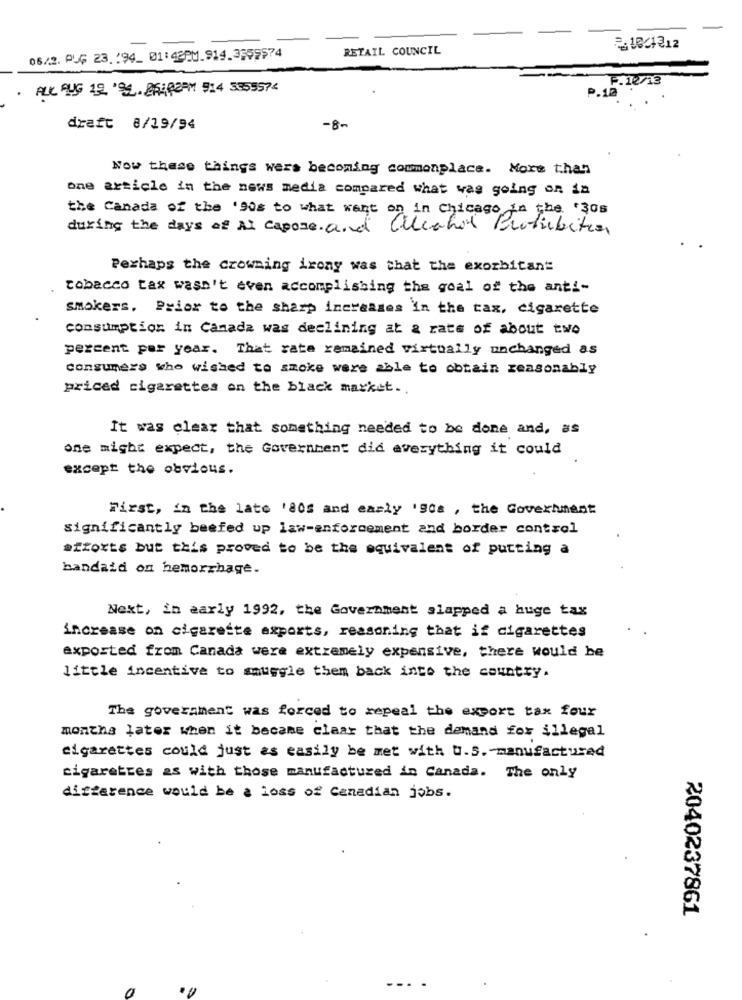
-
RETAIL COUNCIL
2:10/1312
06/2. PL₲ 23. 194_ 01:42PM.914.3559574
F.12/13
ALK AUG 12 '92. 25:42PM 914 3355574
.12
draft 8/19/94
-8-
Now these things were becoming commonplace. More than
one article in the news media compared what was going on in
the Canada of the '90s to what want on in Chicago in the '30s
during the days of AL capone and Alleahol Protibites
Perhaps the crowning ixony was that the exorbitant
tobacco tax wasn't even accomplishing the goal of the anti-
smokers, Prior to the sharp increases in the tax, cigarette
consumption in Canada was declining at a rate of about two
percent per year. That rate remained virtually unchanged as
consumers whe wished to smoke were able to obtain reasonably
priced cigarettes on the black market ..
It was clear that something needed to be done and, as
one might expect, the Government did everything it could
except the obvious.
First, in the late '80s and early '90s , the Government
significantly beefed up law-enforcement and border control
efforts but this proved to be the equivalent of putting a
bandaid on hemorrhage.
Next, in early 1992, the Government slapped a huge tax
increase on cigarette exports, reasoning that if cigarettes
exported from Canada were extremely expensive, there would be
little incentive to smuggle them back into the country.
The government was forced to repeal the export tax four
months later when it became clear that the demand for illegal
cigarettes could just as easily be met with U.S. manufactured
cigarettes as with those manufactured in Canada. The only
difference would be a loss of Canadian jobs.
2040237861